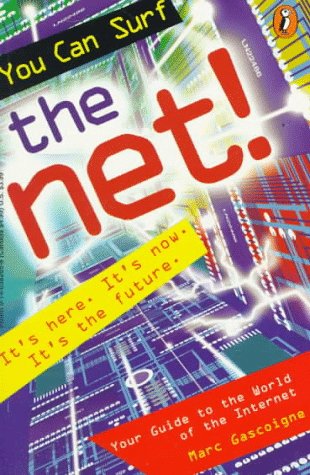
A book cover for You Can Surf the Net!: Your Guide to the World of the Internet; Marc Gascoigne; Children's Books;